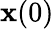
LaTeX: \mathbf{x}(0)